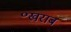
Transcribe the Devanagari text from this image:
॰खराब